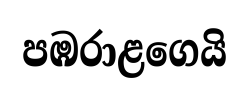
පඹරාළගෙයි